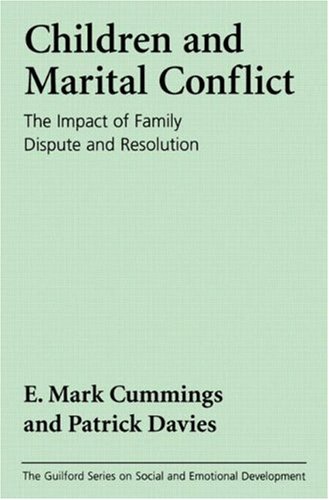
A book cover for Children and Marital Conflict: The Impact of Family Dispute and Resolution; E. Mark Cummings PhD; Parenting & Relationships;